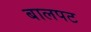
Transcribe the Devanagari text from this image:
बालपट